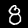
Label: 8